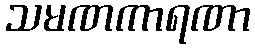
သမဏကာရဏာ